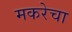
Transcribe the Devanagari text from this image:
मकरेचा